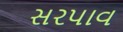
સરપાવ